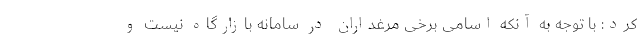
کرد: با توجه به آنکه اسامی برخی مرغداران در سامانه بازارگاه نیست و